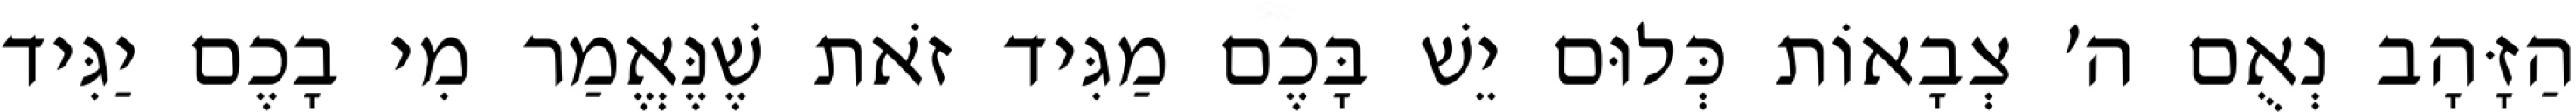
הַזָּהָב נְאֻם ה׳ צְבָאוֹת כְּלוּם יֵשׁ בָּכֶם מַגִּיד זֹאת שֶׁנֶּאֱמַר מִי בָכֶם יַגִּיד